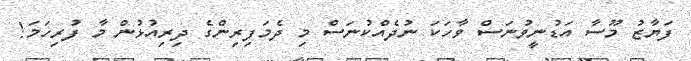
ފަޔާޒު މޫސާ އަޑުނީވުނަސް ވާހަކަ ނުދެއްކުނަސް މި ދެމަފިރިންގެ ދިރިއުޅުން މާ ފުރިހަމަ!